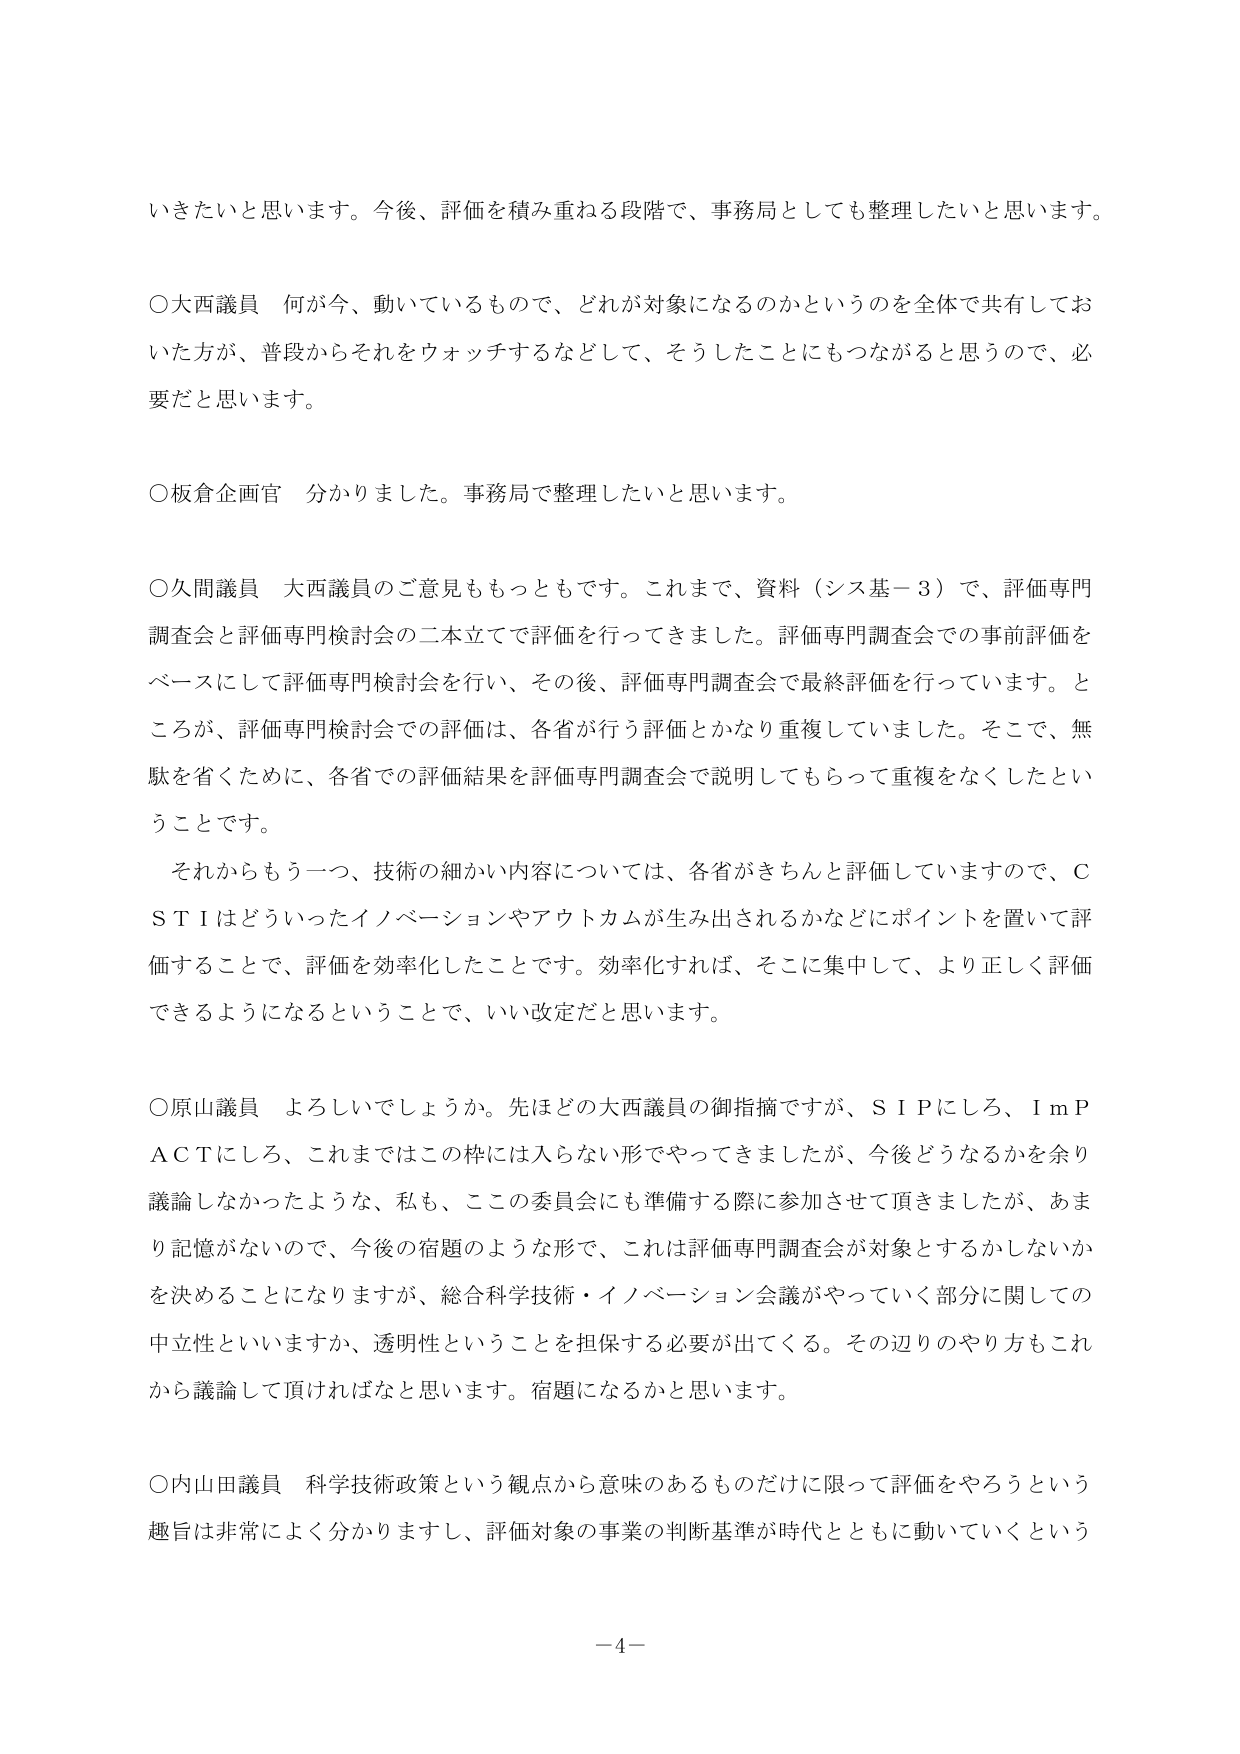
いきたいと思います。今後、評価を積み重ねる段階で、事務局としても整理したいと思います。

○大西議員 何が今、動いているもので、どれが対象になるのかというのを全体で共有しておいた方が、普段からそれをウォッチするなどして、そうしたことにもつながると思うので、必要だと思います。

○板倉企画官 分かりました。事務局で整理したいと思います。

○久間議員 大西議員のご意見ももっともです。これまで、資料（シス基－３）で、評価専門調査会と評価専門検討会の二本立てで評価を行ってきました。評価専門調査会での事前評価をベースにして評価専門検討会を行い、その後、評価専門調査会で最終評価を行っています。ところが、評価専門検討会での評価は、各省が行う評価とかなり重複していました。そこで、無駄を省くために、各省での評価結果を評価専門調査会で説明してもらって重複をなくしたということです。
　それからもう一つ、技術の細かい内容については、各省がきちんと評価していますので、ＣＳＴＩはどういったイノベーションやアウトカムが生み出されるかなどにポイントを置いて評価することで、評価を効率化したことです。効率化すれば、そこに集中して、より正しく評価できるようになるということで、いい改定だと思います。

○原山議員 よろしいでしょうか。先ほどの大西議員の御指摘ですが、ＳＩＰにしろ、ＩｍＰＡＣＴにしろ、これまではこの枠には入らない形でやってきましたが、今後どうなるかを余り議論しなかったような、私も、ここの委員会にも準備する際に参加させて頂きましたが、あまり記憶がないので、今後の宿題のような形で、これは評価専門調査会が対象とするかしないかを決めることになりますが、総合科学技術・イノベーション会議がやっていく部分に関しての中立性といいますか、透明性ということを担保する必要が出てくる。その辺りのやり方もこれから議論して頂ければなと思います。宿題になるかと思います。

○内山田議員 科学技術政策という観点から意味のあるものだけに限って評価をやろうという趣旨は非常によく分かりますし、評価対象の事業の判断基準が時代とともに動いていくという

－4－